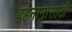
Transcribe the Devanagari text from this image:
वहनानासाठी